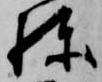
棟